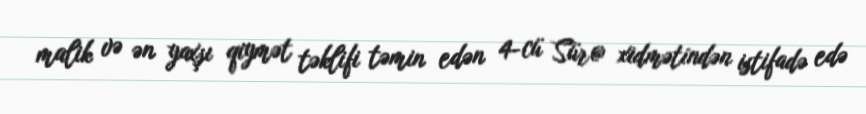
malik və ən yaxşı qiymət təklifi təmin edən 4-cü Sür@ xidmətindən istifadə edə